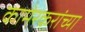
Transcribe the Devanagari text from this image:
कामेरकरांच्या